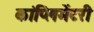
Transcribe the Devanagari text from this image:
कांप्लिमेंटरी